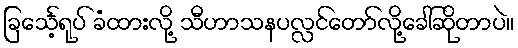
ခြင်္သေ့ရုပ် ခံထားလို့ သီဟာသနပလ္လင်တော်လို့ခေါ်ဆိုတာပဲ။